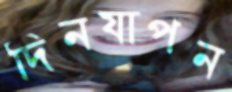
দিনযাপন